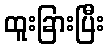
ထူးခြားပြီး